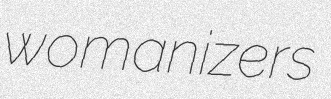
womanizers